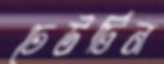
ঢেউটিন